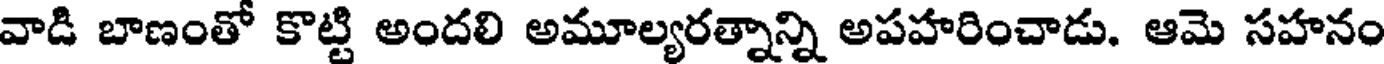
వాడి బాణంతో కొట్టి అందలి అమూల్యరత్నాన్ని అపహరించాడు. ఆమె సహనం